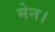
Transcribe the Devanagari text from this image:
मेन।